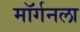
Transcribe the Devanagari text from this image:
मॉर्गनला